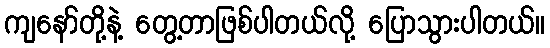
ကျနော်တို့နဲ့ တွေ့တာဖြစ်ပါတယ်လို့ ပြောသွားပါတယ်။